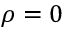
\rho = 0